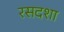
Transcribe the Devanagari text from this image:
रसदशा